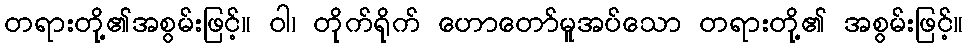
တရားတို့၏အစွမ်းဖြင့်။ ဝါ၊ တိုက်ရိုက် ဟောတော်မူအပ်သော တရားတို့၏ အစွမ်းဖြင့်။